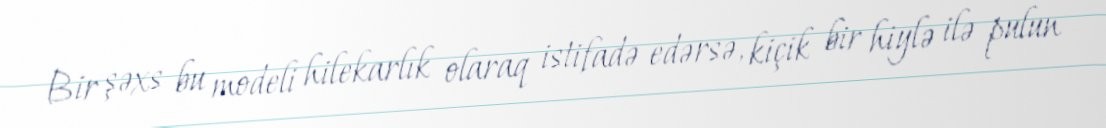
Bir şəxs bu modeli hilekarlık olaraq istifadə edərsə, kiçik bir hiylə ilə pulun